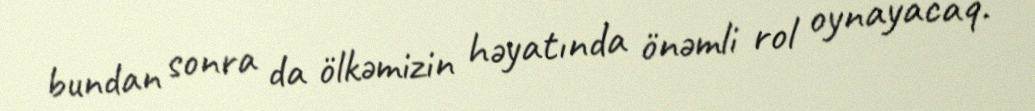
bundan sonra da ölkəmizin həyatında önəmli rol oynayacaq.